Annual report of the Imperial Bacteriologist
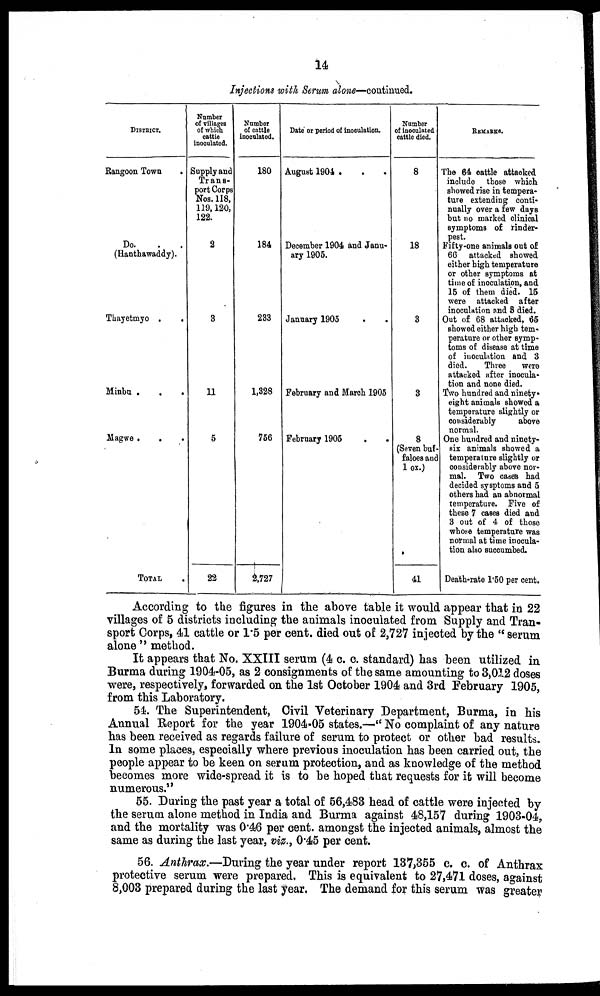
14
Injections with Serum alone—continued.
DISTRICT.
Rangoon Town .
Do.
(Hanthawaddy).
Thayetmyo .
.
Minbu .
Magwe .
.
.
TOTAL
Number
of villages
of which
cattle
inoculated.
Supply and
Trans-
port Corps
Nos. 118,
119,120,
122.
2
3
11
5
22
Number
of cattle
inoculated.
180
184
233
1,328
756
2,727
Date or period of inoculation.
August 1904 . . .
December 1904 and Janu-
ary 1905.
January 1905
February and March 1905
February 1905
Number
of inoculated
cattle died.
8
18
3
3
8
(Seven buf-
faloes and
l ox.)
41
REMARKS.
The 64 cattle attacked
include those which
showed rise in tempera-
ture extending conti-
nually over a few days
but no marked clinicial
symptoms of rinder-
pest.
Fifty-one animals out of
66 attacked showed
either high temperature
or other symptoms at
time of inoculation, and
15 of them died. 15
were attacked after
inoculation and 3 died.
Out of 68 attacked, 65
showed either high tem-
perature or other symp-
toms of disease at time
of inoculation and 3
died.
Three
were
attacked after inocula-
tion and none died.
Two hundred and ninety
eight animals showed a
temperature slightly or
considerably
above
normal.
One hundred and ninety-
six animals showed a
temperature slightly or
considerably above nor-
mal. Two cases had
decided sysptoms and 5
others had an abnormal
temperature. Five of
these 7 cases died and
3 out of 4 of those
whose temperature was
normal at time inocula-
tion also succumbed.
Death-rate 1.50 per cent.
According to the figures in the above table it would appear that in 22
villages of 5 districts including the animals inoculated from Supply and Tran-
sport Corps, 41 cattle or 1.5 per cent. died out of 2,727 injected by the " serum
alone" method.
It appears that No. XXIII serum (4 c. c. standard) has been utilized in
Burma during 1904-05, as 2 consignments of the same amounting to 3,012 doses
were, respectively, forwarded on the 1st October 1904 and 3rd February 1905,
from this Laboratory.
54. The Superintendent, Civil Veterinary Department, Burma, in his
Annual Report for the year 1904-05 states.—" No complaint of any nature
has been received as regards failure of serum to protect or other bad results.
In some places, especially where previous inoculation has been carried out, the
people appear to be keen on serum protection, and as knowledge of the method
becomes more wide-spread it is to be hoped that requests for it will become
numerous."
55. During the past year a total of 56,483 head of cattle were injected by
the serum alone method in India and Burma against 48,157 during 1903-04,
and the mortality was 0.46 per cent. amongst the injected animals, almost the
same as during the last year, viz., 0.45 per cent.
56. Anthrax.—During the year under report 137,355 c. c. of Anthrax
protective serum were prepared. This is equivalent to 27,471 doses, against
8,003 prepared during the last year. The demand for this serum was greater